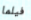
فيلما